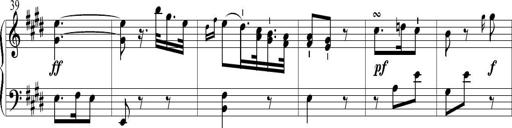
Title: 6 Leichte Sonatinen, Teil 1
Composer: F. Sigismund Sander